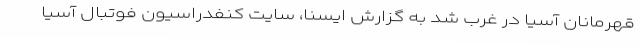
قهرمانان آسیا در غرب شد به گزارش ایسنا، سایت کنفدراسیون فوتبال آسیا